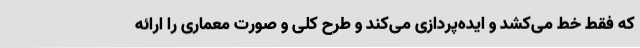
که فقط خط می‌کشد و ایده‌پردازی می‌کند و طرح کلی و صورت معماری را ارائه